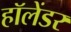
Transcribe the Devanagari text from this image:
हॉलेंडर